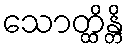
သောတ္ထိန္တိ